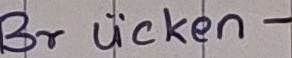
Text: Brücken-